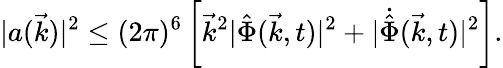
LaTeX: \vert a(\vec{k})\vert^{2}\leq(2\pi)^{6}\left[{\vec{k}}^{2}\vert{\hat{\Phi}}(\vec{k},t)\vert^{2}+\vert{\dot{\hat{\Phi}}}(\vec{k},t)\vert^{2}\right].